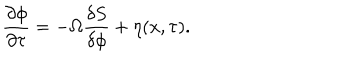
LaTeX: \frac { \partial \phi } { \partial \tau } = - \Omega \frac { \delta S } { \delta \phi } + \eta ( x , \tau ) .